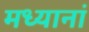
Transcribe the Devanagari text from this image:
मध्यानां